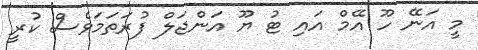
މީ އަނޭ ހޫ އޭމް އައި ޓު ޔޫ އަންޖަލް ފުރަތަމަވެސް ކުރީ